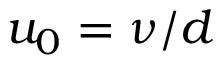
u _ { 0 } = \nu / d